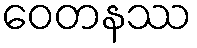
ဝေတနဿ